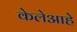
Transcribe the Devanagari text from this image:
केलेआहे